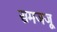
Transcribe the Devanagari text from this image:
समजजू